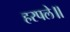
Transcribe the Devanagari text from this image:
हरपले॥